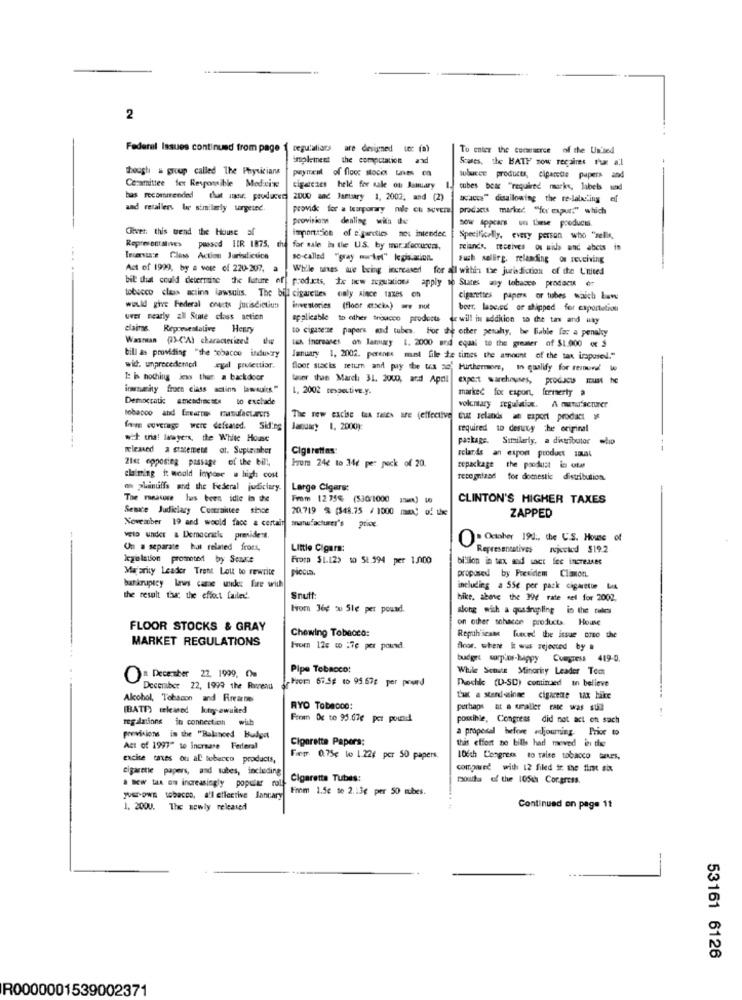
2
Federal Issues continued from page
Degu'aliars are designed toc (a)
To enter the coreaeree of the Un'sed
implement the computation and
Scales, the BATH sow recaires Pue all
though . group called The Physicians
payment of flocc stocio une en
wbucce products, ciparete papers and
Ceramittee fer Responsible Medxix
cigarcaes held for sale on Amary
cubes betz "required mucke, labels und
bas recommended that anew. producer ZDU0 and January 1, 2007, and (2)
wwvacca" disallowing the re-labeling ef
and retallers ler similarly targeted.
provide for a tourporary mile ch suver
prodacts marked "for expur:" which
provisions dealing with the
Giver. this trend the House af
importation of e gurtics not intendec
Specifically, every person who "selle,
puesod HIR 1875, the for sale in the U.S. by tar. xfoccurces,
reianes. receives ou wids and abets i
Iniesta:e Class Action Jurisdiction
so-called "gray mw-kod" legislation.
Fuch selling. relanding of receiving
Act of 1999, by a voge of 220-207.
While unes tue being increased for all within the jurisdiction of the United
bil that could determine the future of products, fx new seguation apply no States aly tobacco prodocu or
tobucco class actinn lawsulis. The bill cigarettes only since taxes on
cigarettes ppers or tubes waich -w
would give Federal chats jurisdictun
investories (floor ersckx) are not
beer, laseed or shipped for exportation
uver nearly all Sunte class action
applicable to other troucco products or will in addition to the tas and any
claims. Representative Henry
to cigaserze papers sad tubes. For the other penalty, be liable for a penalty
Wasman (-CAI characterized
lah increases of lamury 1. 2000 and equal to the greater of $1.000 oc S
bill &s providing "the tobacco industry
January 1, 2002. perenes met file te times the amount of the tax imposed."
wid. unprocedemed egal prulectior.
floor stacks return and pay the us ao Furthermore, in qualify for remove to
I: is nothing less thur. a backdoor
laser the March 31. 2000, ard Apdl
expert warehouses, produces must be
immunity from class action lawsuits."
L. 2002 respective.y.
marked for export, fermerty a
Democratic amendiactes to exchade
voluntary regulation. A manufacturer
tobacco and Enearros manufacturers
The new excise tax rates SE (effective Gut selands at saport product
fom coverage were defeated. Siding
January 1, 2000):
required to desuty the original
w++ tra! laayers, the White House
package. Similarly, a distributor
Blessed a statement of. Supueinher
Cigarettes:
selands an export product saust
21st opposing passage of the bill,
brors 24e to 346 per pack of 20.
repackage the poodust in cats
claiming it would inpose . high cost
recognizad for domestic distribution.
en phinuffs and the Federal judiciary.
Large Cigars:
The measure lus been idie in the
From 12 75% (536:1000 1:5) 40
CLINTON'S HIGHER TAXES
Semace Judiciary Comralitee stoe
20.719 % (548.75 / 1000 rx) of the
ZAPPED
November 19 and would face a certain manufacturer's price.
velo under & Democratis prenide:#.
O. October 190 :, the U.S. House
Un a separate hat related front,
Little Cigars:
Representatives rjccked $19.2
legislation promoted by Scarce
FROID $1.129 10 51.594 per 1.000
billion in tex and wet fee increases
Mar arity Leader Trent Lot to rewrite
propused by Presidem Climmon.
bankruptcy laws came widke fire with
including a 55€ per pack cigarette MA
the result tar; the effect failed.
Snuff:
hike. above the 394 rate sel for 2002.
Hom 36g % Sle per pound.
along with a quadrupling in the celes
on other shacce products. Houne
FLOOR STOCKS & GRAY
Chewing Tobacco:
MARKET REGULATIONS
Repuhscame fueed the issue orso the
For 12c w :7e per pound.
floor, where it was rejected by #
budget sorphos-happy Compress 419-0.
Pipe Tobacco:
While Senate Minority Leader Tom
OR December 22, 1999, 0m
Hom 67.5# to 95.67g per pourd
Dock (U-SD) comined in believe
December 22, 1999 the Runend
Alcohol, Tobacon and Firearmes
Laat a stand-inse cigarede ux hike
(BATT") released kutry-awaited
RYO Tobacco:
perhaps at a maller - was sum
regulations in connection wub
Foon Oc to 95.07e per pound
possible, Congress did not act on sach
a proposal before .Jjourring. Prior to
provisions in the "Balanced Budget
Cigarette Papers:
this effort no bills had moved in the
Act of 1997" te increase Federal
excise taxes ou al tobacco products,
Fem 0.75g to 1 22g per 50 papers.
106th Congress to raise tobacco taxes,
cigarete papers, and tubes, including
compared with 12 filed ir the fint six
Cigaretta Tubes:
mouths of the 105ch Cor.gross.
. w tax on increasingly popular rolf
Fem 1.5c te 2.13¢ per 50 cubes.
JUENOWE tobacco, a'l effective Jancary
1, 2000. The newly released
Continued on page 11
53161 6126
R0000001539002371